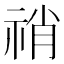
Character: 𥙬